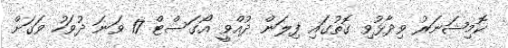
ކޮމިޝަނަރު ވިދާޅުވި ގޮތުގައި ފިލަން ދުއްވީ އޯގަސްޓް 17 ވަނަ ދުވަހު ވަގަށް